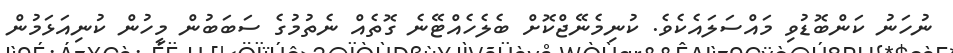
ނުހަނު ކަންބޮޑުވި މައްސަލައެކެވެ. ކުނިމެނޭޖްކޮށް ބެލެހެއްޓޭނެ ގޮތެއް ނެތުމުގެ ސަބަބުން މީހުން ކުނިއަޅަމުން